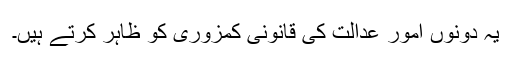
یہ دونوں امور عدالت کی قانونی کمزوری کو ظاہر کرتے ہیں۔